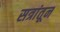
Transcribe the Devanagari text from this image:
सत्रांतून